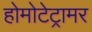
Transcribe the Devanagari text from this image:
होमोटेट्रामर